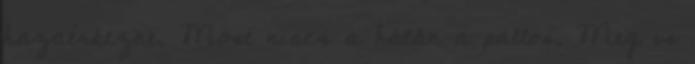
hazaérkezne. Most nincs a hátán a pallos. Meg is